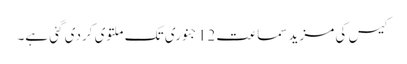
کیس کی مزید سماعت 12 جنوری تک ملتوی کردی گئی ہے۔